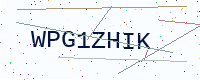
Text: WPG1ZHIK